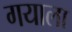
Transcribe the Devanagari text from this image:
गयाला